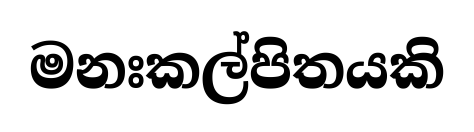
මනඃකල්පිතයකි